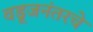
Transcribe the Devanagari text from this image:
वडूजनंतरचे